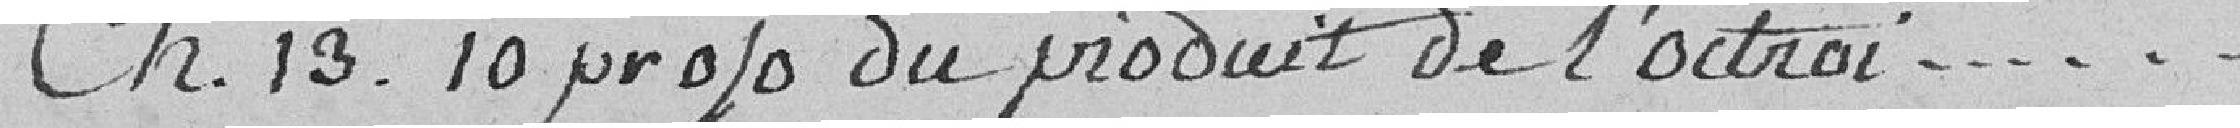
Ch. 13. :  10 pourcent du produit de l'octroi...